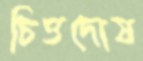
চিত্তদোষ